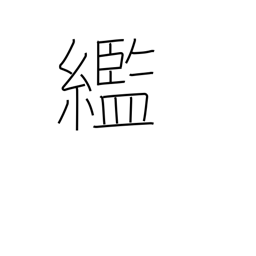
Meaning: rags